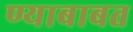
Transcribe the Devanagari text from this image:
ण्याबाबत